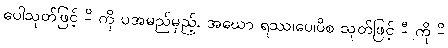
ပေါသုတ်ဖြင့် -ိ ကို ပအမည်မှည့်, အဃော ရဿ၊ပေ၊ပိစ သုတ်ဖြင့် -ီ ကို -ိ